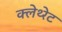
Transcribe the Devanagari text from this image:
क्लेथ्‍रेट